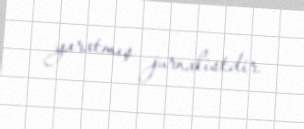
yaratmış jurnalistdir.